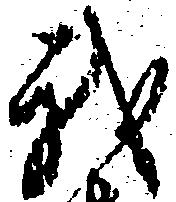
我